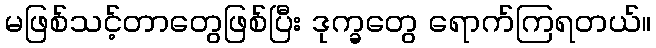
မဖြစ်သင့်တာတွေဖြစ်ပြီး ဒုက္ခတွေ ရောက်ကြရတယ်။